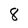
Character: 8